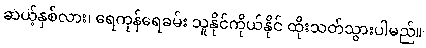
ဆယ့်နှစ်လား၊ ရေကုန်ရေခမ်း သူနိုင်ကိုယ်နိုင် ထိုးသတ်သွားပါမည်။